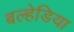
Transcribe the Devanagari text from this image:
बल्हेडिया